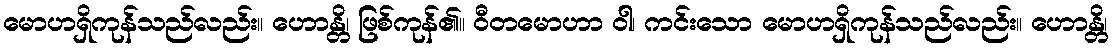
မောဟရှိကုန်သည်လည်း။ ဟောန္တိ၊ ဖြစ်ကုန်၏။ ဝီတမောဟာ ဝါ၊ ကင်းသော မောဟရှိကုန်သည်လည်း။ ဟောန္တိ၊